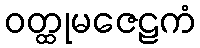
ဝတ္ထုမဇေဠကံ